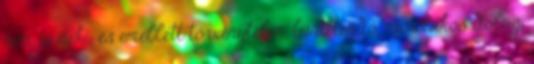
nem jó neki, és emellett törvénytelen, büntetendő, erőszakos dolog,